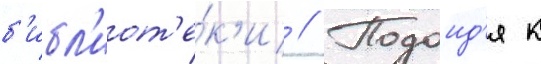
б'ибл'иот'е́к'и // Подоид'я к